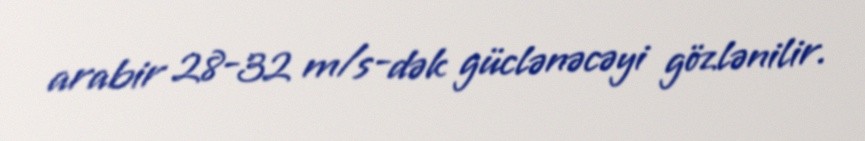
arabir 28-32 m/s-dək güclənəcəyi gözlənilir.